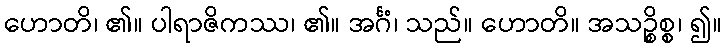
ဟောတိ၊ ၏။ ပါရာဇိကဿ၊ ၏။ အင်္ဂံ၊ သည်။ ဟောတိ။ အသဉ္စိစ္စ၊ ၍။